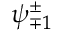
\psi _ { \mp 1 } ^ { \pm }